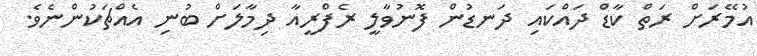
އުމޭރަށް ރަތް ކާޑް ދައްކައި ދަނޑުން ފޮނުވާލީ ރެފްރީއާ ދިމާލަށް ބުނި އެއްޗަކުންނެވެ.